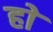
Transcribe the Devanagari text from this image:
हाे